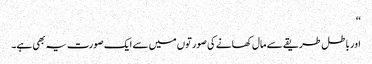
‘‘
اور باطل طریقے سے مال کھانے کی صورتوں میں سے ایک صورت یہ بھی ہے۔